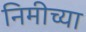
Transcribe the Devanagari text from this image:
निमीच्या